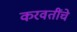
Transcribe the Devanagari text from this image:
करवतींचे